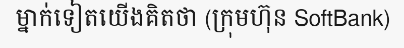
ម្នាក់ទៀតយើងគិតថា (ក្រុមហ៊ុន SoftBank)